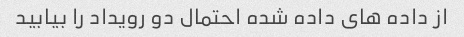
از داده های داده شده احتمال دو رویداد را بیابید